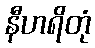
နီဟရိတုံ